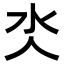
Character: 氼